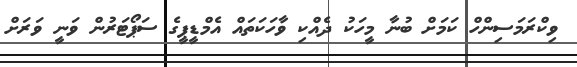
ވިކްރަމަސިންހް ކަމަށް ބުނާ މީހަކު ދެއްކި ވާހަކަތައް އެމްޑީޕީގެ ސަޕޯޓަރުން ވަނީ ވަރަށް